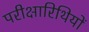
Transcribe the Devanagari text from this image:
परीक्षारिथियों